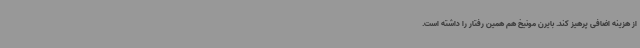
از هزینه اضافی پرهیز کند. بایرن مونیخ هم همین رفتار را داشته است.